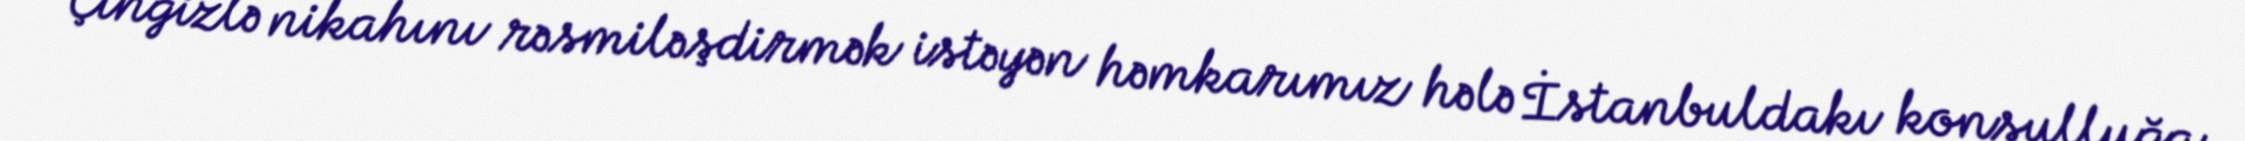
Çingizlə nikahını rəsmiləşdirmək istəyən həmkarımız hələ İstanbuldakı konsulluğa